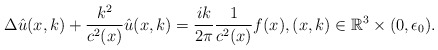
\begin{align*}\Delta \hat u(x, k)+\frac{k^2}{c^2(x)} \hat u(x, k)=\frac{ik}{2\pi}\frac{1}{c^2(x)} f(x),(x, k)\in\mathbb{R}^3\times (0, \epsilon_0).\end{align*}